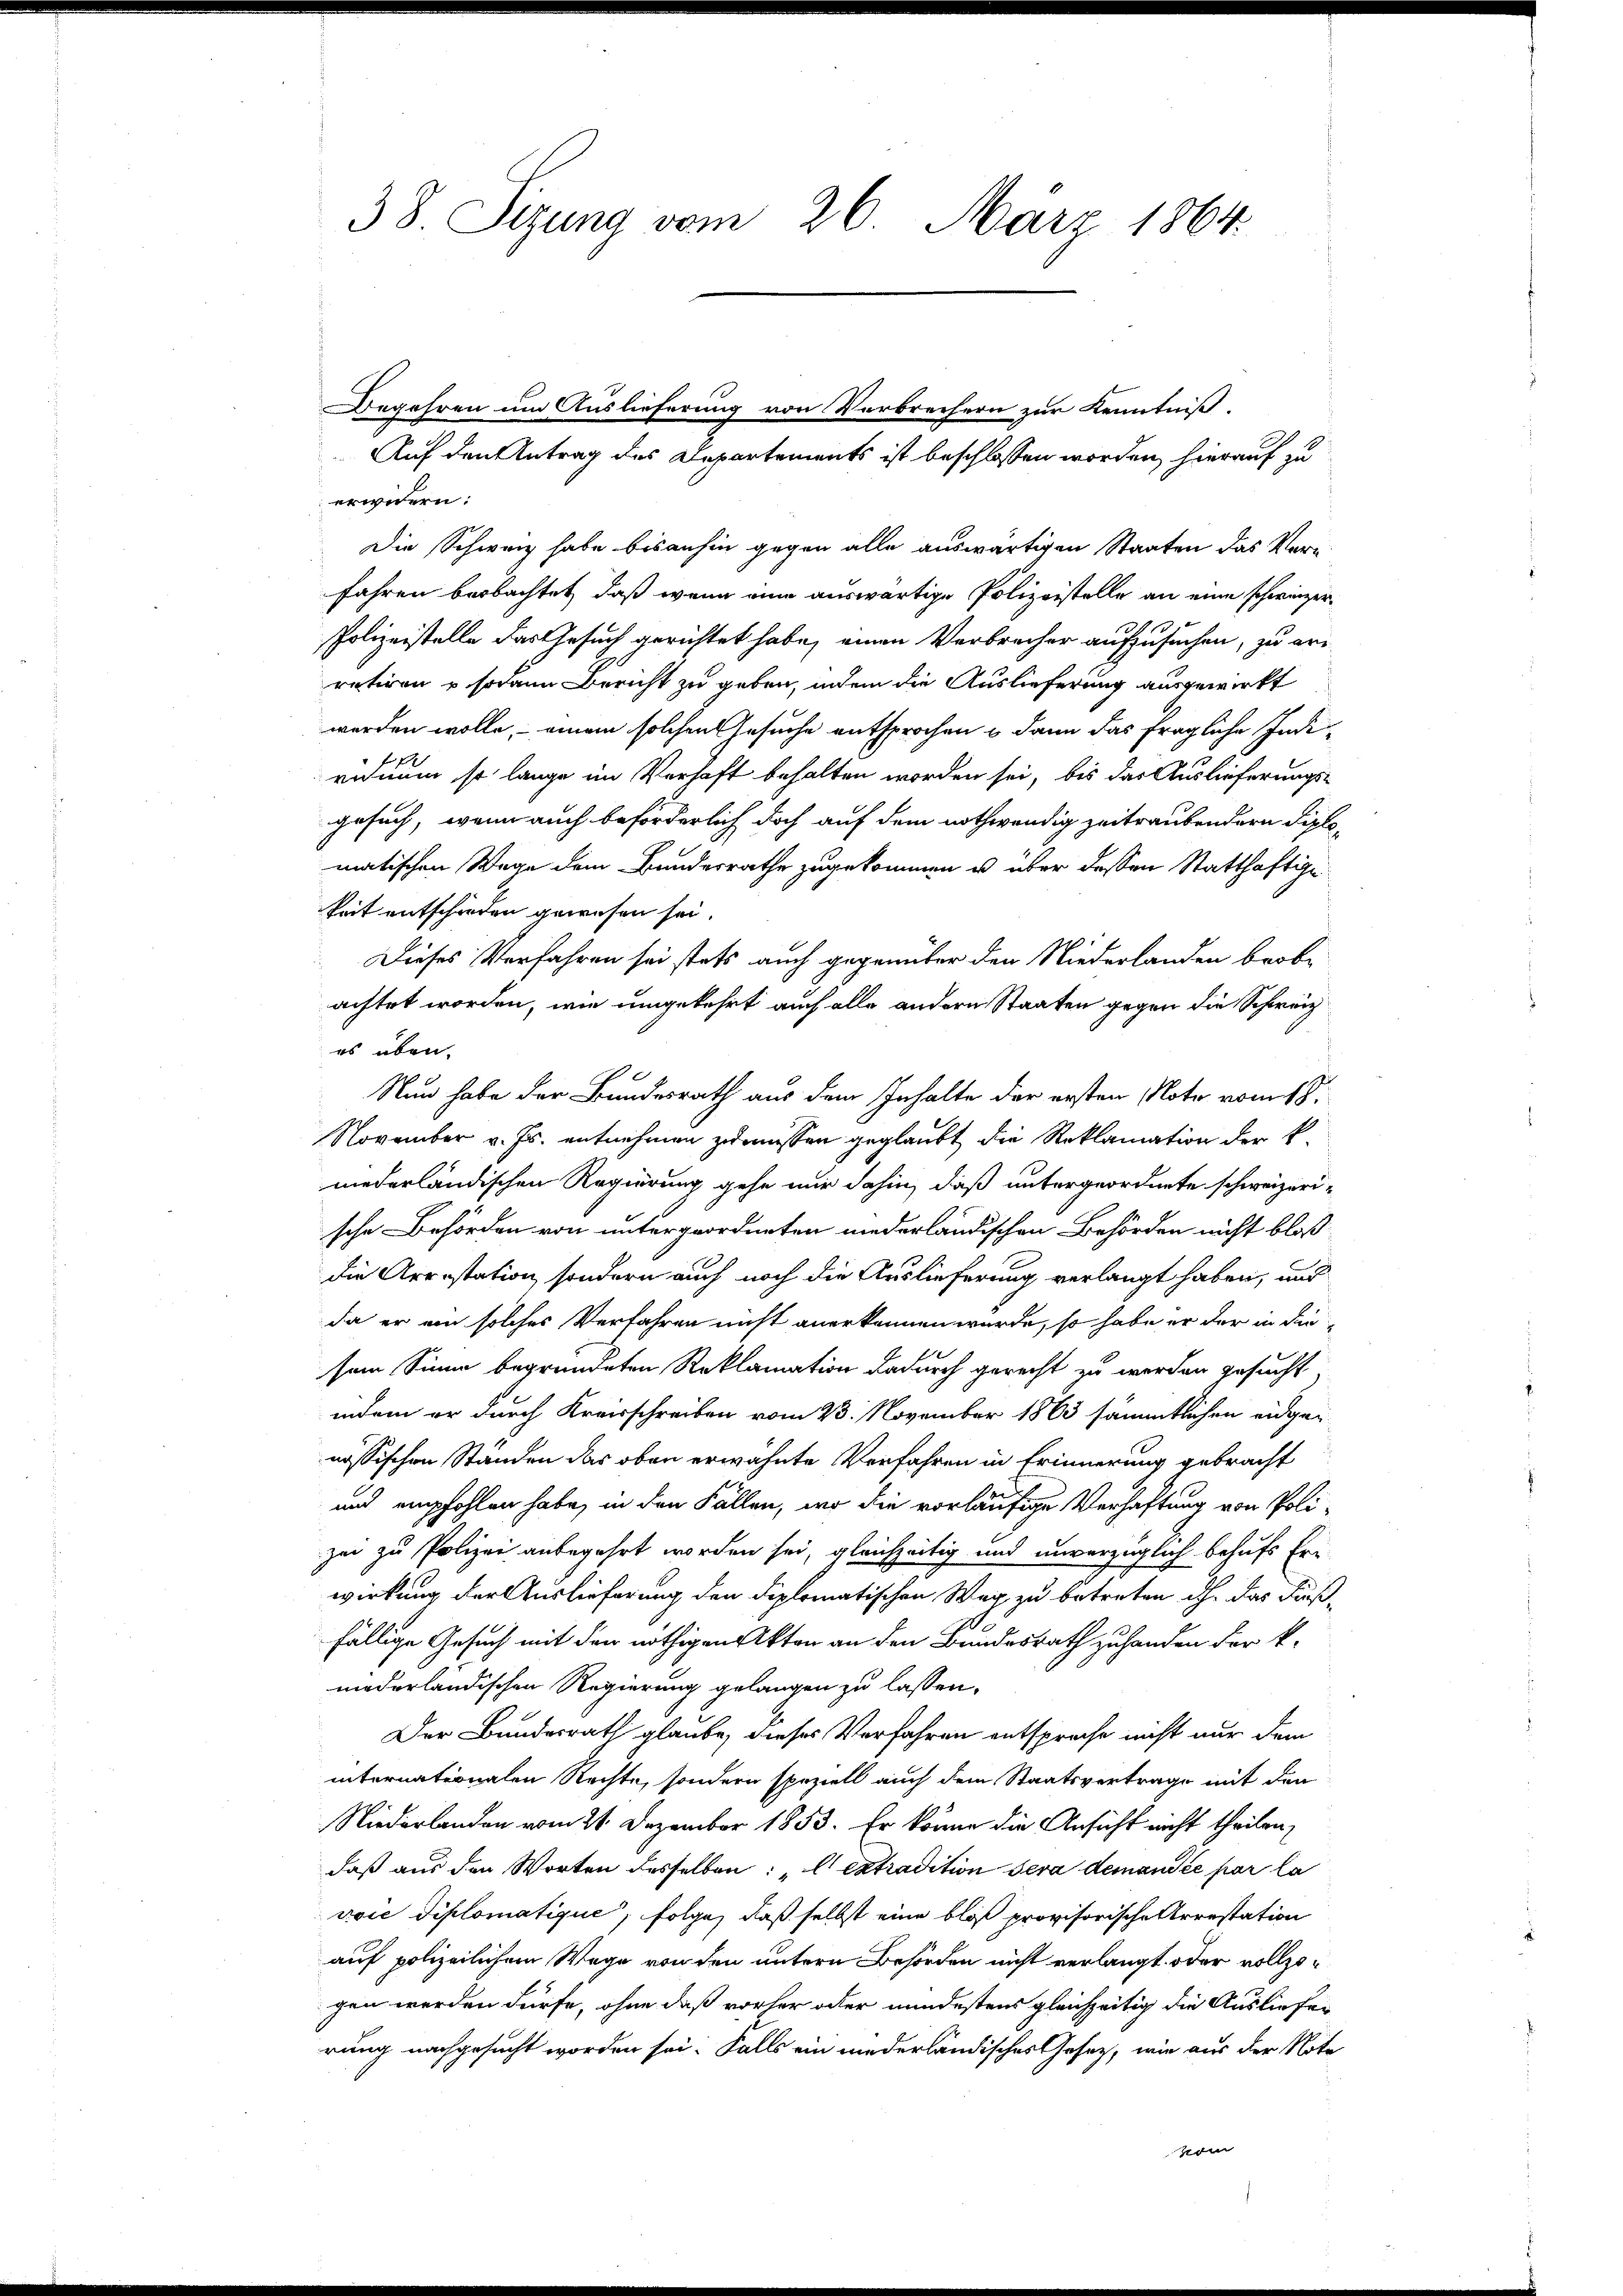
38. Sizung vom 26. März 1864.

Auf den Antrag des Departements ist beschlossen worden, hierauf zu
erwidern:
Die Schweiz habe bisanhin gegen alle auswärtigen Staaten das Ver-
fahren beobachtet, daß wenn eine auswärtige Polizeistelle an eine schweizer¬
Polizeistelle das Gesuch gerichtet habe, einen Verbrecher aufzusuchen, zu er-
retiren u. sodann Bericht zu geben, indem die Auslieferung ausgewirkt
werden wolle, – einem solchen Gesuche entsprochen u dann das fragliche Indi-
viduum so lange im Verhaft behalten worden sei, bis das Auslieferungs-
gesuch, wenn auch beförderlich doch auf dem nothwendig zeitraubendern Diplomatischen Wege dem Bundesrathe zugekommen u. über dessen Statthaftige
keit entschieden gewesen sei.
Dieses Verfahren sei stets auch gegenüber den Niederlanden beobachtet worden, wie umgekehrt auch alle andern Staaten gegen die Schweiz
es üben.
Nun habe der Bundesrath aus dem Inhalte der ersten Note vom 18.
November v. Js. entnehmen zu müssen geglaubt die Reklamation der k.
niederländischen Regierung gehe mir dahin, daß untergeordnete schweizerische Behörden von untergeordneten niederländischen Behörden nicht bloß
die Arrestation, sondern auch noch die Auslieferung verlangt haben, und
da er ein solches Verfahren nicht anerkennen wurde, so habe er der in diesem Sinne begründeten Reklamation dadurch gerecht zu werden gesucht,
indem er durch Kreisschreiben vom 23. November 1863 sämmtlichen eidgenössischen Ständen das oben erwähnte Verfahren in Erinnerung gebracht
und empfohlen habe, in den Fällen, wo die vorläufige Verhaftung von Poli-
zu zu Polizei anbegehrt worden sei, gleichzeitig und unverzüglich behufs Er-
wirkung der Auslieferung den diplomatischen Weg zu betreten dh. das Fies¬
7
fällige Gesuch mit den nöthigen Akten an den Bundesrath zuhanden der k.
mederländischen Regierung gelangen zu lassen.
Der Bundesrath glaube, dieses Verfahren entsprache nicht nur dem
internationalen Rechte, sondern speziell auch dem Staatsvertrage mit den
Niederlanden vom 21. Dezember 1853. Er könne die Ansicht nicht theilen,
daß aus den Worten desselben: „l Extradition sera demandée par la
vvić diplomatique, folge, daß selbst eine bloß provisorische Arrestation
auf polizeilichem Wege von den untern Behörden nicht verlangt oder vollzogen werden dürfe, ohne daß vorher oder mindestens gleichzeitig die Ausliefer
rung nachgesucht worden sei. Falls ein niederländisches Gesetz, wie aus der Note
vom

Begehren um Auslieferung von Verbrechern zur Kenntniß.